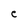
Character: e